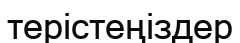
терістеңіздер